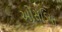
ઓસડિયા